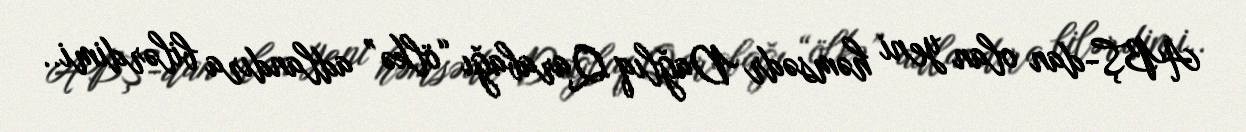
ABŞ-dan olan yeni həmsədr Dağlıq Qarabağı “ölkə” adlandıra bilərdimi..